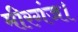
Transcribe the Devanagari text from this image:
मीरगंज।